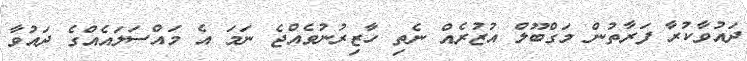
ދައުވާކުރާ ފަރާތުން މަގްބޫލް އުޒުރެއް ނެތި ހާޒިރުނުވެއްޖެ ނަމަ އެ މައްސަލައެއްގެ ދައުވާ